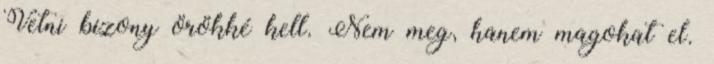
Vetni bizony örökké kell. Nem meg, hanem magokat el.